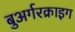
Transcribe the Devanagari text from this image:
बुअर्गरक्राइग